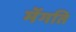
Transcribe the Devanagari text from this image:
मेंगति